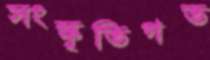
সংস্কৃতিগত